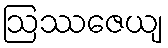
ဩဿဇေယျ